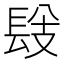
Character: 𨱹